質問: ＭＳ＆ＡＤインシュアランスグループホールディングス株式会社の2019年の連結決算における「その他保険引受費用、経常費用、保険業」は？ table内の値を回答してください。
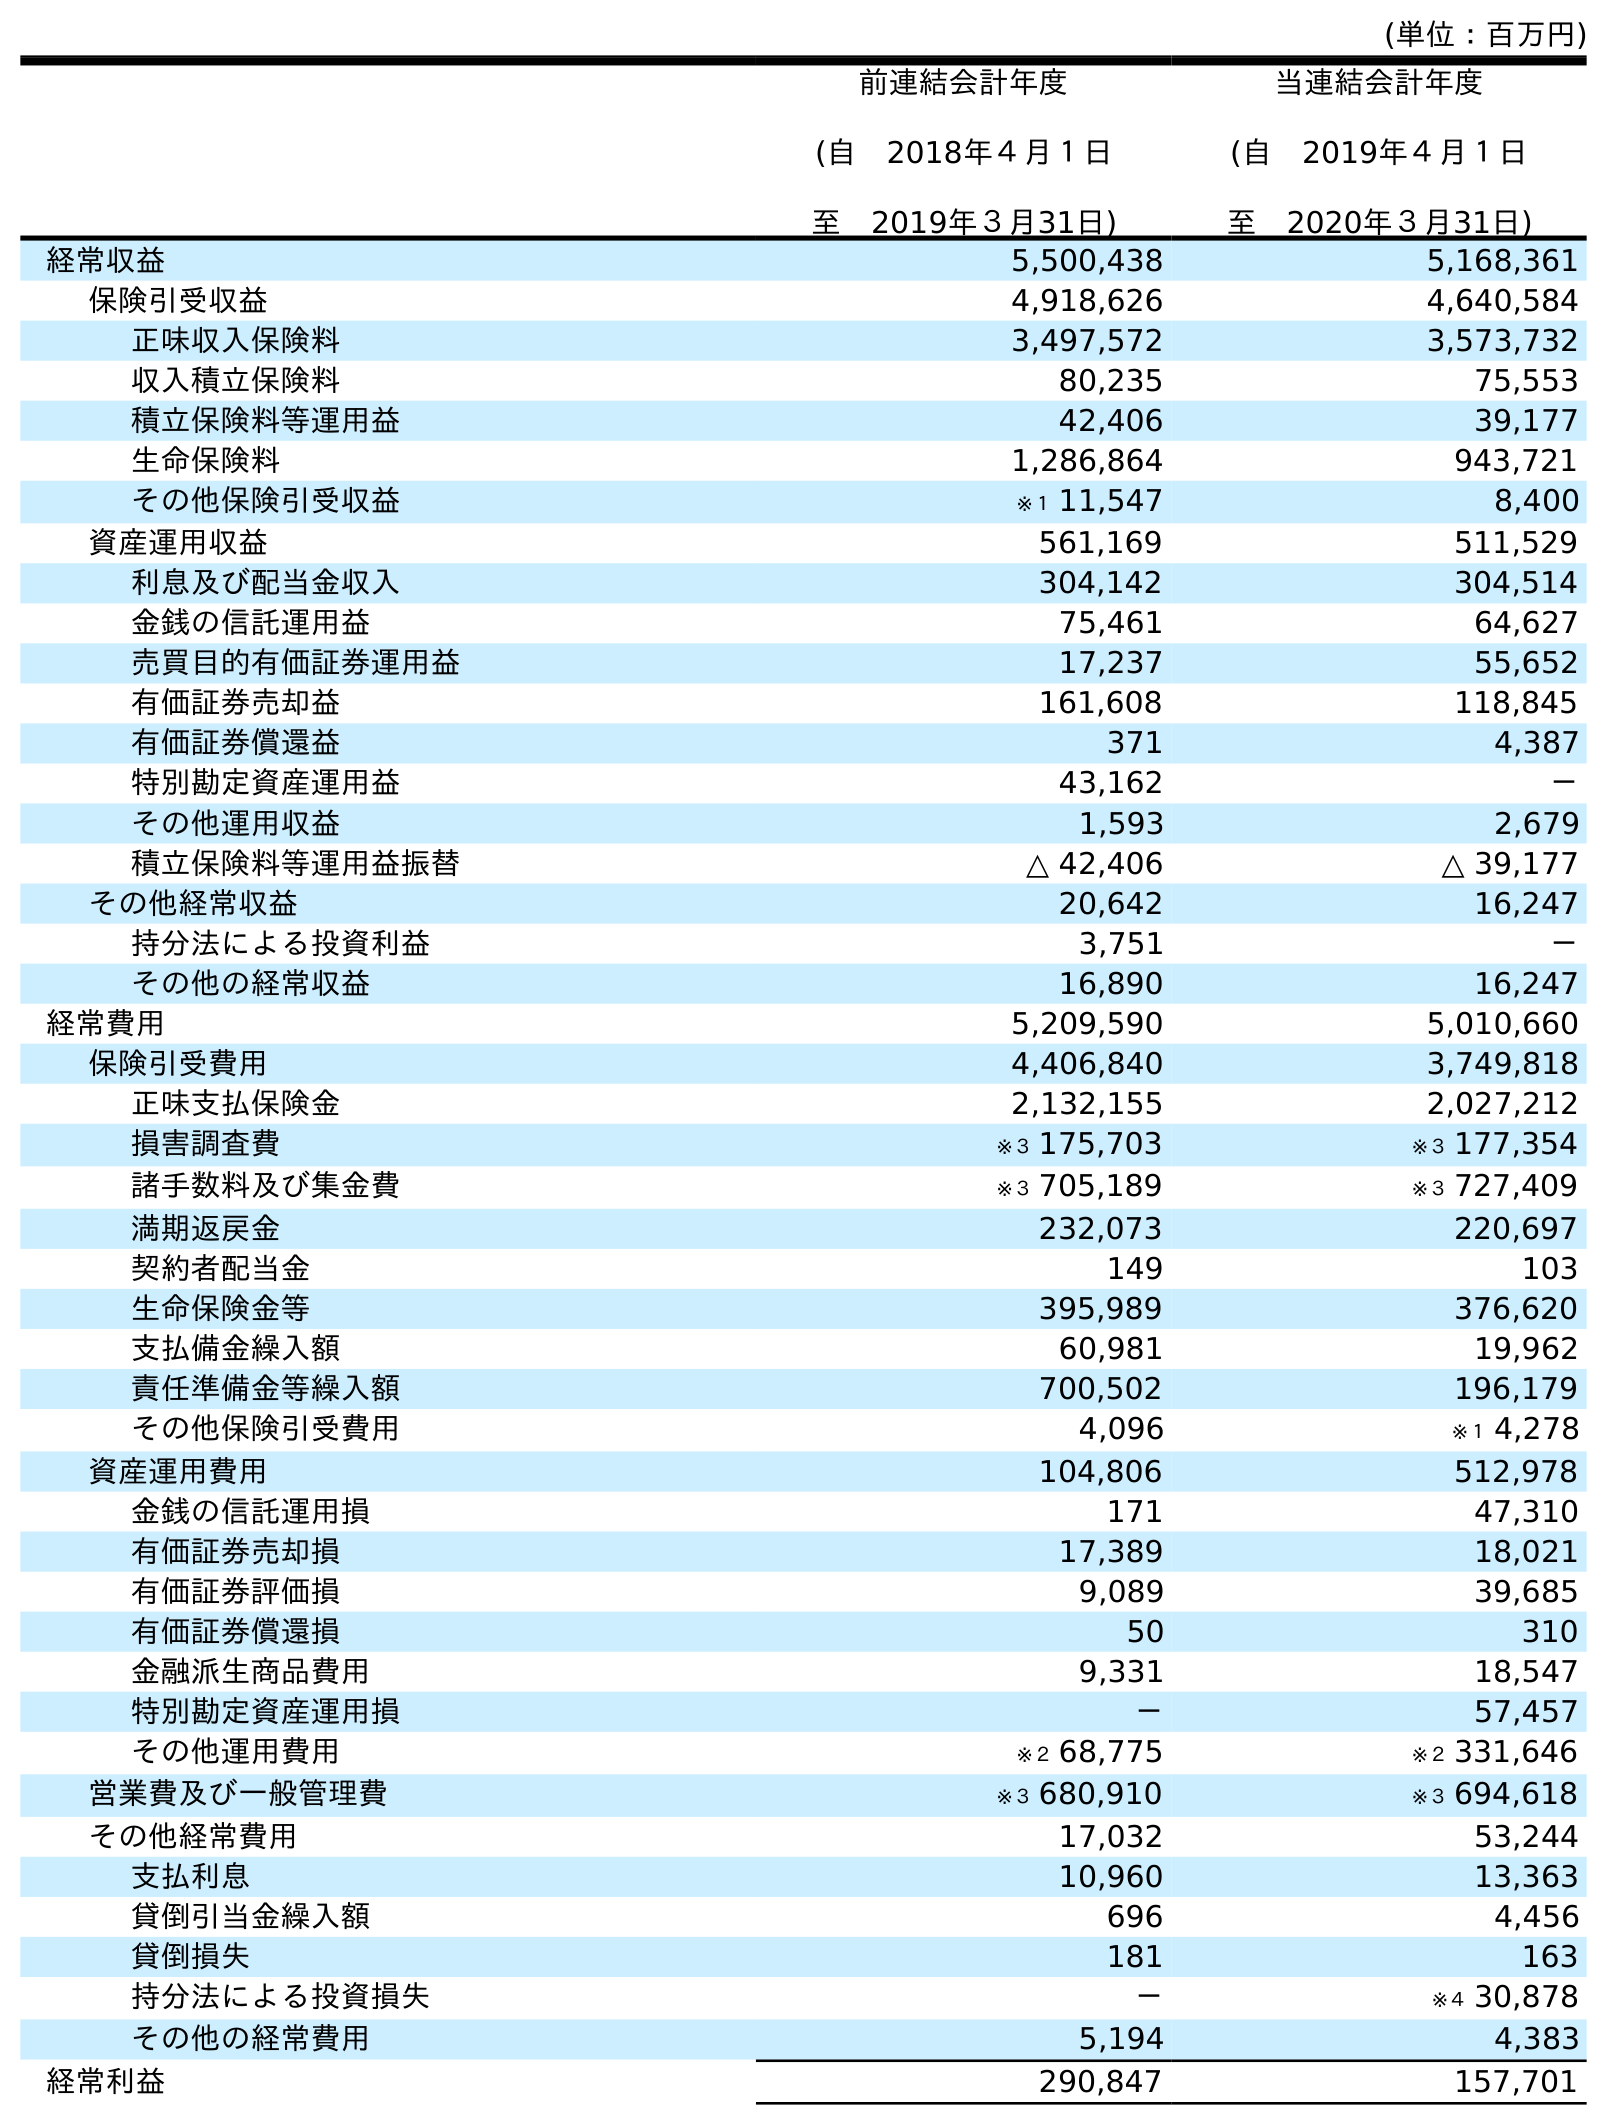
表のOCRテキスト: (単位：百万円) 前連結会計年度 (自 2018年４月１日 至 2019年３月31日) 当連結会計年度 (自 2019年４月１日 至 2020年３月31日) 経常収益 5,500,438 5,168,361 保険引受収益 4,918,626 4,640,584 正味収入保険料 3,497,572 3,573,732 収入積立保険料 80,235 75,553 積立保険料等運用益 42,406 39,177 生命保険料 1,286,864 943,721 その他保険引受収益 ※１ 11,547 8,400 資産運用収益 561,169 511,529 利息及び配当金収入 304,142 304,514 金銭の信託運用益 75,461 64,627 売買目的有価証券運用益 17,237 55,652 有価証券売却益 161,608 118,845 有価証券償還益 371 4,387 特別勘定資産運用益 43,162 － その他運用収益 1,593 2,679 積立保険料等運用益振替 △ 42,406 △ 39,177 その他経常収益 20,642 16,247 持分法による投資利益 3,751 － その他の経常収益 16,890 16,247 経常費用 5,209,590 5,010,660 保険引受費用 4,406,840 3,749,818 正味支払保険金 2,132,155 2,027,212 損害調査費 ※３ 175,703 ※３ 177,354 諸手数料及び集金費 ※３ 705,189 ※３ 727,409 満期返戻金 232,073 220,697 契約者配当金 149 103 生命保険金等 395,989 376,620 支払備金繰入額 60,981 19,962 責任準備金等繰入額 700,502 196,179 その他保険引受費用 4,096 ※１ 4,278 資産運用費用 104,806 512,978 金銭の信託運用損 171 47,310 有価証券売却損 17,389 18,021 有価証券評価損 9,089 39,685 有価証券償還損 50 310 金融派生商品費用 9,331 18,547 特別勘定資産運用損 － 57,457 その他運用費用 ※２ 68,775 ※２ 331,646 営業費及び一般管理費 ※３ 680,910 ※３ 694,618 その他経常費用 17,032 53,244 支払利息 10,960 13,363 貸倒引当金繰入額 696 4,456 貸倒損失 181 163 持分法による投資損失 － ※４ 30,878 その他の経常費用 5,194 4,383 経常利益 290,847 157,701
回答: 4,096